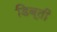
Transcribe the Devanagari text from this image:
डिबूती